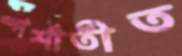
স্পর্শাতীত